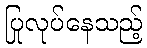
ပြုလုပ်နေသည့်